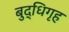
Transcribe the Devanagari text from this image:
बुद्धिगृह